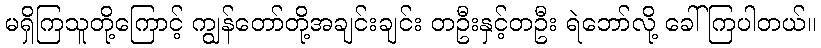
မရှိကြသူတို့ကြောင့် ကျွန်တော်တို့အချင်းချင်း တဦးနှင့်တဦး ရဲဘော်လို့ ခေါ်ကြပါတယ်။